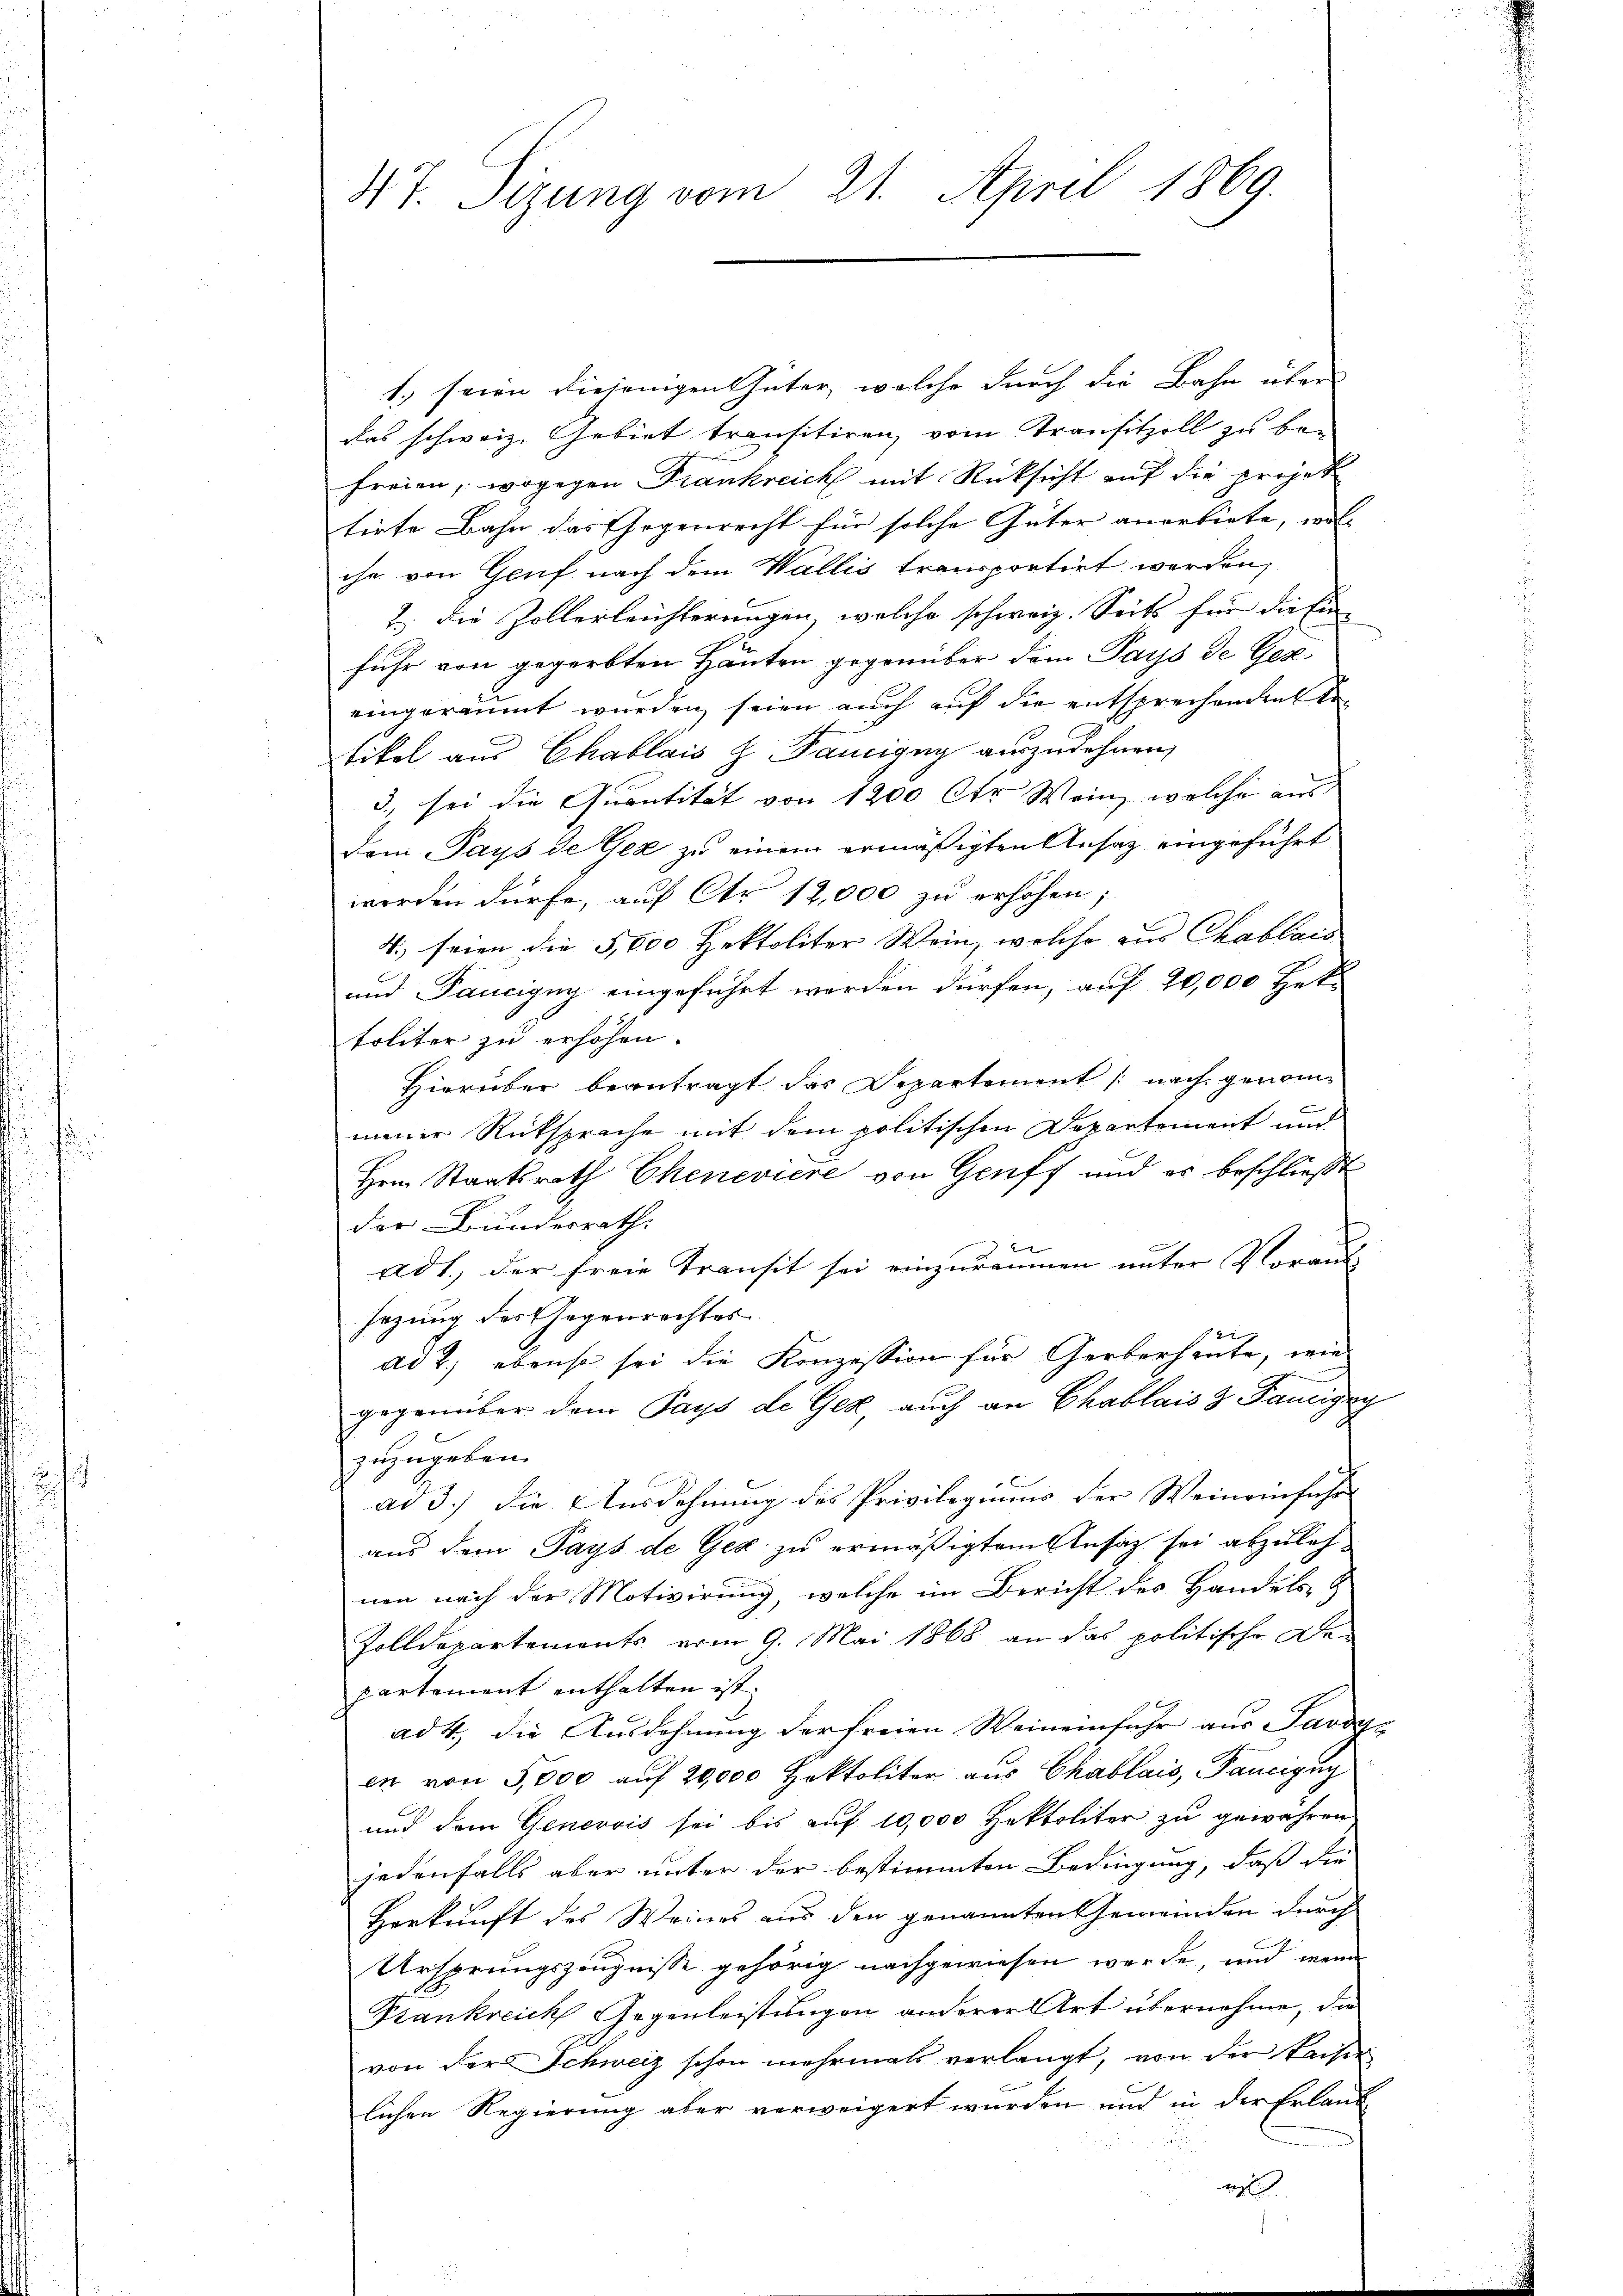
47. Sizung vom 21. April 1869.

1., seien diejenigen Güter, welche durch die Bahn über
das schweiz. Gebiet transitiren, vom Transitzell zu befreien, wogegen Frankreich mit Rücksicht auf die projek
tirte Bahn das Ehegenrecht für solche Güter anorbiete, woll
che von Genf nach dem Wallis transportirt werden,
7 die Zollerleichterungen, welche schweiz. Seits für die Ein-
fuhr von gegerbten Häuten gegenüber dem Pays de Ges
eingeräumt wurden seien auch auf die entsprechendente
tikel aus Chablais H. Panigny auszudehnen,
3. sei die Quantität von 1200 Ctr Wein, welche aus
Dem Pays de Gez zu einem ermäßigten Ansatz eingeführt
werden dürfe, auf Ctr 12,000 zu erhöhen;
4.) seien die 5,000 Hektoliter Wein, welche aus Chablais
und Taucigny eingeführt werden dürfen, auf 20,000 Het
toliter zu erhöhen.
Hierüber beantragt das Departement /: nach genommeiner Rüksprache mit dem politischen Departement und
Hern Staatsrath Chenevière von Genff und er beschließt
der Bundesrath:
2
ad 1., der freie Transit sei einzuräumen unter Voraus-
sezung des Gegenrechtes.
ad 2.) ebenso sei die Konzession für Gerberheute, wie
gegenüber dem Pays de Gex, auch an Chablais & Fanigny
zuzugeben.
ad 3.) die Ausdehnung des Privilegiums der Weineinführ
aus dem Pays de Gex zu ermäßigtem Ansatz sei abzulehnen nach der Motivirung, welche im Bericht des Handels- &
Zolldepartements vom 9. Mai 1868 an das politische De-
partement enthalten ist.
ad 4., die Ausdehnung der freien Weineinfuhr aus Savoye
en von 5,000 auf 20,000 Hektoliter aus Chablais, Pancigug
und dem Genevois sei bis auf 10,000 Hektoliter zu gewahren
jedenfalls aber unter der bestimmten Bedingung, daß die
Herkunft des Weines aus den genannten Gemeinden durch
Ursprungszeugnisse gehörig nachgewiesen werde, und wenn
Krankreich Gegenleistungen anderer Art übernehme, die
von der Schweiz schon mehrmals verlangt, von der Kaiser
lichen Regierung aber verweigert wurden und in der Erlaubr